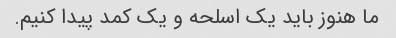
ما هنوز باید یک اسلحه و یک کمد پیدا کنیم.